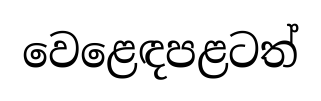
වෙළෙඳපළටත්